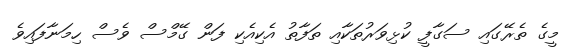
މީގެ ތެރޭގައި ސަގާފީ ކުޅިވަރުތަކާއި ތަފާތު އެކިއެކި ފަން ގޭމްސް ވެސް ހިމަނާފައިވެ